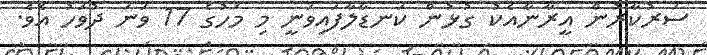
ސަރުކާރުން އީރާނާއެކު ގުޅުން ކަނޑާލާފައިވަނީ މި މަހުގެ 17 ވަނަ ދުވަހު އެވެ.